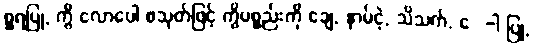
စ္ဆရပြု, ကွိ လောပေါ စသုတ်ဖြင့် ကွိပစ္စည်းကို ချေ, နာမ်ငဲ့, သိသက်, ေ-ါ ပြု,